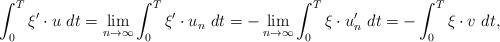
LaTeX: \begin{align*}\int_0^T\xi'\cdot u\ dt=\lim_{n\to\infty}\int_0^T\xi'\cdot u_n \ dt=-\lim_{n\to\infty}\int_0^T\xi\cdot u'_n\ dt=-\int_0^T\xi\cdot v\ dt,\end{align*}